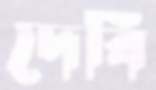
দেবি